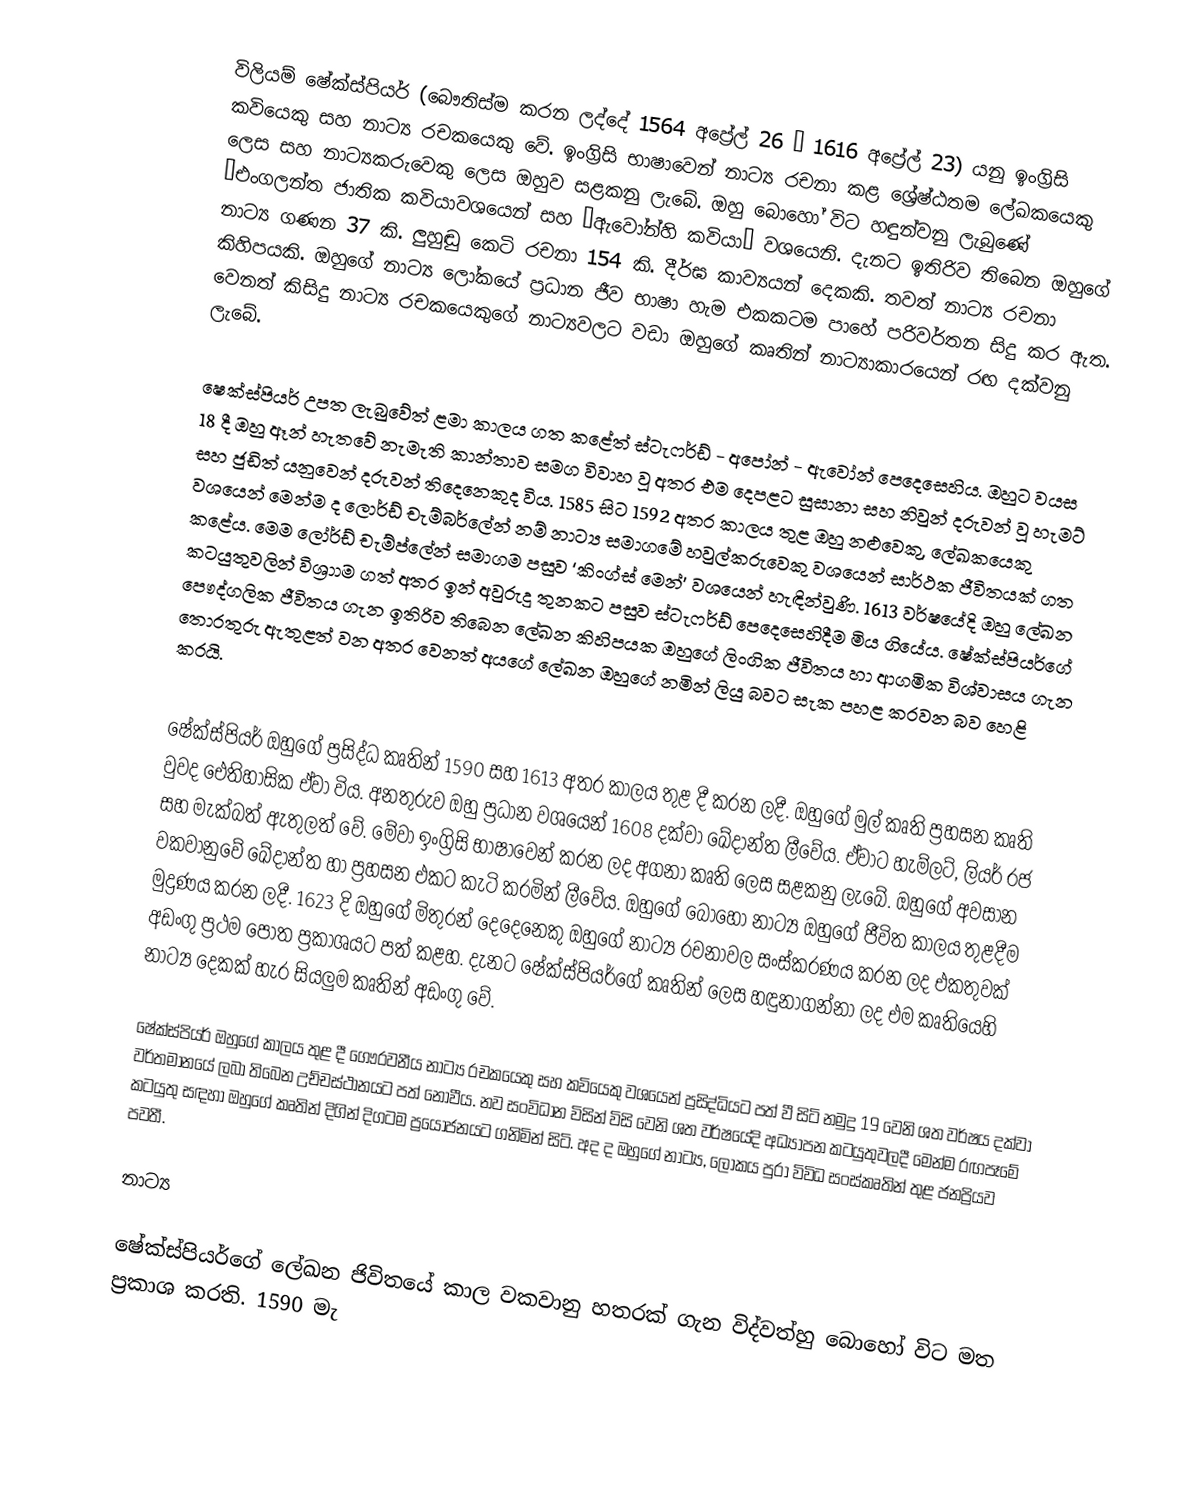
විලියම් ෂේක්ස්පියර් (බෞතිස්ම කරන ලද්දේ 1564 අප්‍රේල් 26 – 1616 අප්‍රේල් 23) යනු ඉංග්‍රිසි කවියෙකු සහ නාට්‍ය රචකයෙකු වේ. ඉංග්‍රිසි භාෂාවෙන් නාට්‍ය රචනා කළ ශ්‍රේෂ්ඨතම ලේඛකයෙකු ලෙස සහ නාට්‍යකරුවෙකු ලෙස ඔහුව සළකනු ලැබේ. ඔහු බොහෝ විට හඳුන්වනු ලැබුණේ ‘එංගලන්ත ජාතික කවියාවශයෙන් සහ ‘ඇවෝන්හි කවියා’ වශයෙනි. දැනට ඉතිරිව තිබෙන ඔහුගේ නාට්‍ය ගණන 37 කි. ලුහුඬු කෙටි රචනා 154 කි. දීර්ඝ කාව්‍යයන් දෙකකි. තවත් නාට්‍ය රචනා කිහිපයකි. ඔහුගේ නාට්‍ය ලෝකයේ ප්‍රධාන ජීව භාෂා හැම එකකටම පාහේ පරිවර්තන සිදු කර ඇත. වෙනත් කිසිදු නාට්‍ය රචකයෙකුගේ නාට්‍යවලට වඩා ඔහුගේ කෘතින් නාට්‍යාකාරයෙන් රඟ දක්වනු ලැබේ.

ෂෙක්ස්පියර් උපත ලැබුවේත් ළමා කාලය ගත කළේත් ස්ටැෆර්ඩ් - අපෝන් - ඇවෝන් පෙදෙසෙහිය. ඔහුට වයස 18 දී ඔහු ඈන් හැතවේ නැමැති කාන්තාව සමග විවාහ වූ අතර එම දෙපළට සුසානා සහ නිවුන් දරුවන් වූ හැමට් සහ ජුඩිත් යනුවෙන් දරුවන් තිදෙනෙකුද විය. 1585 සිට 1592 අතර කාලය තුළ ඔහු නළුවෙකු, ලේඛකයෙකු වශයෙන් මෙන්ම ද ලොර්ඩ් චැම්බර්ලේන් නම් නාට්‍ය සමාගමේ හවුල්කරුවෙකු වශයෙන් සාර්ථක ජීවිතයක් ගත කළේය. මෙම ලෝර්ඩ් චැම්ප්ලේන් සමාගම පසුව ‘කිංග්ස් මෙන්’ වශයෙන් හැඳින්වුණි. 1613 වර්ෂයේදි ඔහු ලේඛන කටයුතුවලින් විශ්‍රාාම ගත් අතර ඉන් අවුරුදු තුනකට පසුව ස්ටැෆර්ඩ් පෙදෙසෙහිදීම මිය ගියේය. ෂේක්ස්පියර්ගේ පෞද්ගලික ජීවිතය ගැන ඉතිරිව තිබෙන ලේඛන කිහිපයක ඔහුගේ ලිංගික ජීවිතය හා ආගමික විශ්වාසය ගැන තොරතුරු ඇතුළත් වන අතර වෙනත් අයගේ ලේඛන ඔහුගේ නමින් ලියු බවට සැක පහළ කරවන බව හෙළි කරයි.

ෂේක්ස්පියර් ඔහුගේ ප්‍රසිද්ධ කෘතින් 1590 සහ 1613 අතර කාලය තුළ දී කරන ලදී. ඔහුගේ මුල් කෘති ප්‍රහසන කෘති වුවද ඓතිහාසික ඒවා විය. අනතුරුව ඔහු ප්‍රධාන වශයෙන් 1608 දක්වා ඛේදාන්ත ලීවේය. ඒවාට හැම්ලට්, ලියර් රජ සහ මැක්බත් ඇතුලත් වේ. මේවා ඉංග්‍රිසි භාෂාවෙන් කරන ලද අගනා කෘති ලෙස සළකනු ලැබේ. ඔහුගේ අවසාන වකවානුවේ ඛේදාන්ත හා ප්‍රහසන එකට කැටි කරමින් ලීවේය. ඔහුගේ බොහෝ නාට්‍ය ඔහුගේ ජීවිත කාලය තුළදීම මුද්‍රණය කරන ලදී. 1623 දි ඔහුගේ මිතුරන් දෙදෙනෙකු ඔහුගේ නාට්‍ය රචනාවල සංස්කරණය කරන ලද එකතුවක් අඩංගු ප්‍රථම පොත ප්‍රකාශයට පත් කළහ. දැනට ෂේක්ස්පියර්ගේ කෘතින් ලෙස හඳුනාගන්නා ලද එම කෘතියෙහි නාට්‍ය දෙකක් හැර සියලුම කෘතින් අඩංගු වේ.

ෂේක්ස්පියර් ඔහුගේ කාලය තුළ දී ගෞරවනීය නාට්‍ය රචකයෙකු සහ කවියෙකු වශයෙන් ප්‍රසිද්ධියට පත් වී සිටි නමුදු 19 වෙනි ශත වර්ෂය දක්වා වර්තමානයේ ලබා තිබෙන උච්චස්ථානයට පත් නොවීය. නව සංවිධාන විසින් විසි වෙනි ශත වර්ෂයේදි අධ්‍යාපන කටයුතුවලදී මෙන්ම රඟපෑමේ කටයුතු සඳහා ඔහුගේ කෘතින් දිගින් දිගටම ප්‍රයෝජනයට ගනිමින් සිටි. අද ද ඔහුගේ නාට්‍ය, ලෝකය පුරා විවිධ සංස්කෘතින් තුළ ජනප්‍රියව පවතී.

නාට්‍ය

ෂේක්ස්පියර්ගේ ලේඛන ජිවිතයේ කාල වකවානු හතරක් ගැන විද්වත්හු බොහෝ විට මත ප්‍රකාශ කරති. 1590 මැ